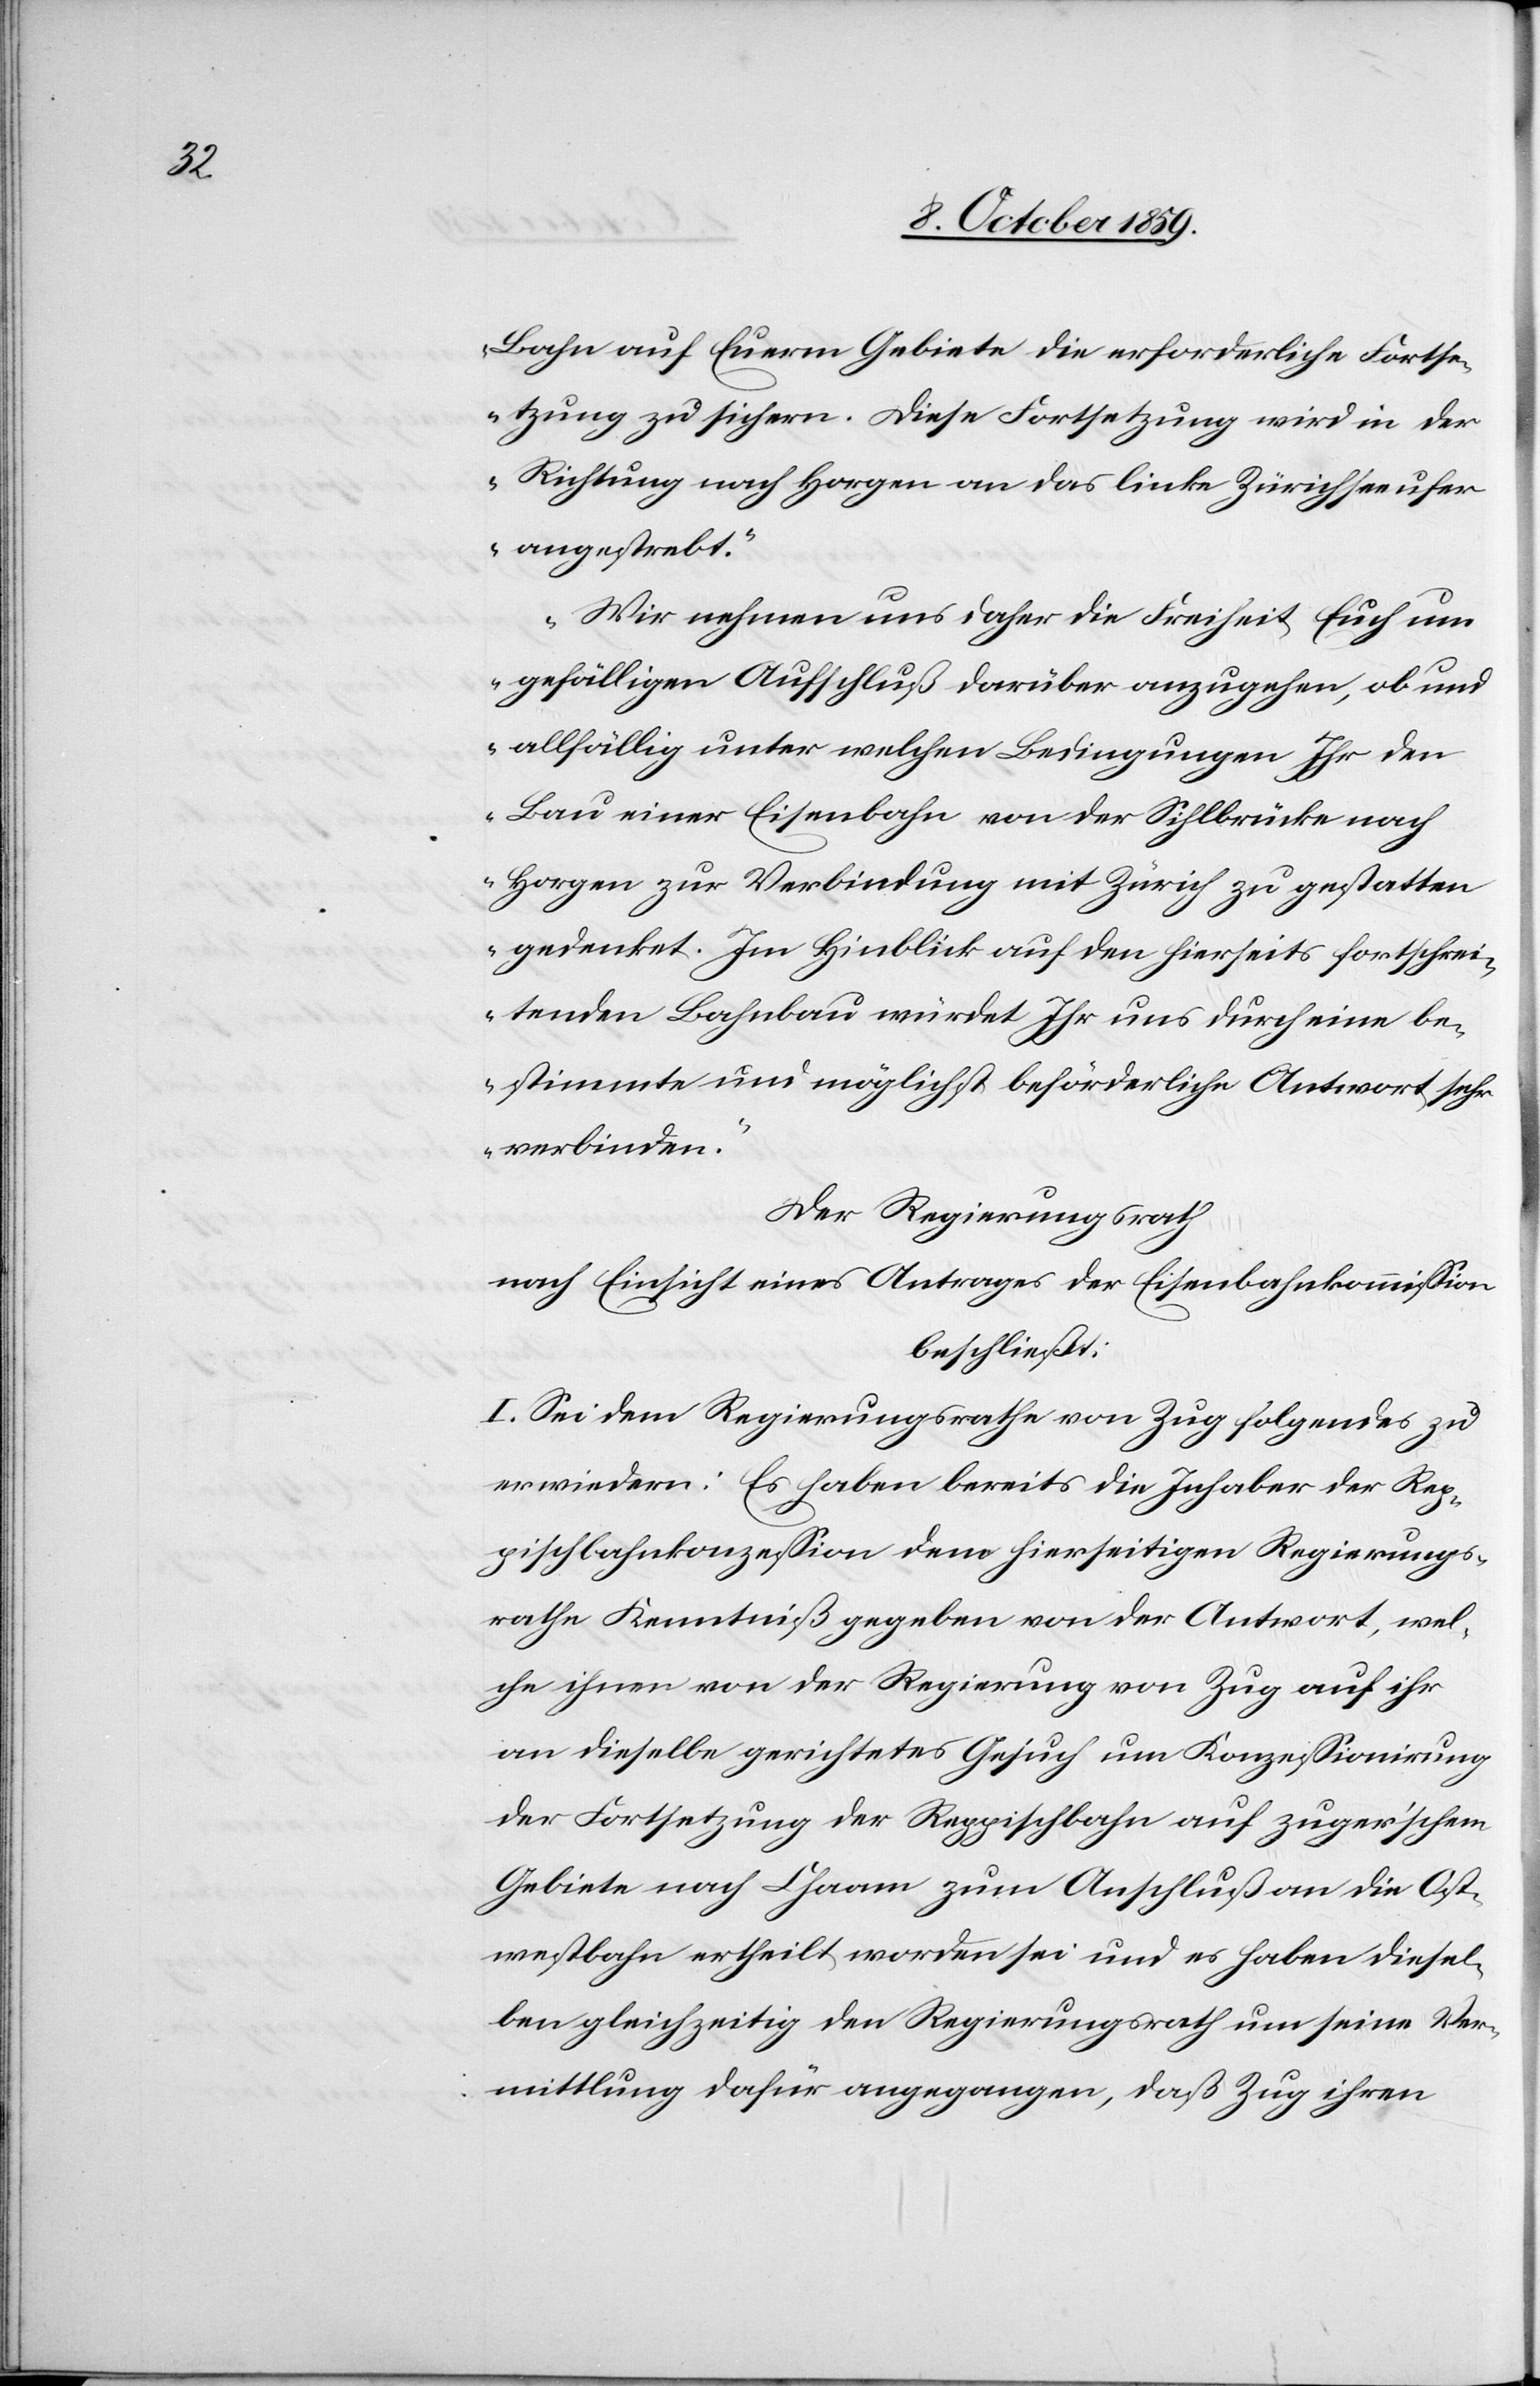
Bahn auf Euerm Gebiete die erforderliche Fortse¬
tzung zu sichern. Diese Fortsetzung wird in der
Richtung nach Horgen an das linke Zürichseeufer
angestrebt.
Wir nehmen uns daher die Freiheit Euch um
gefälligen Aufschluß darüber anzugehen, ob und
allfällig unter welchen Bedingungen Ihr den
Bau einer Eisenbahn von der Sihlbrücke nach
Horgen zur Verbindung mit Zürich zu gestatten
gedenket. Im Hinblick auf den hierseits fortschrei¬
tenden Bahnbau würdet Ihr uns durch eine be¬
stimmte und möglichst beförderliche Antwort sehr
verbinden.“
Der Regierungsrath
nach Einsicht eines Antrags der Eisenbahnkommission
beschließt:
I. Sei dem Regierungsrathe von Zug folgendes zu
erwiedern: Es haben bereits die Inhaber der Rep¬
pischbahnkonzession dem hierseitigen Regierungs¬
rath Kenntniß gegeben von der Antwort, wel¬
che ihnen von der Regierung von Zug auf ihr
an dieselbe gerichtetes Gesuch um Konzessionirung
der Fortsetzung der Reppischbahn auf zuger'schem
Gebiete nach Chaam [sic!] zum Anschluß an die Ost¬
westbahn ertheilt worden sei und es haben diesel¬
ben gleichzeitig den Regierungsrath um seine Ver¬
mittlung dafür angegangen, daß Zug ihren